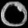
Digit: ၀